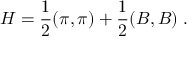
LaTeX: H = \frac { 1 } { 2 } ( \pi , \pi ) + \frac { 1 } { 2 } ( B , B ) \; .